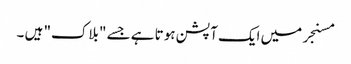
مسنجر میں ایک آپشن ہوتا ہے جسے "بلاک" ہیں ۔